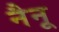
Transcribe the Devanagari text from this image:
नैनू